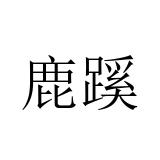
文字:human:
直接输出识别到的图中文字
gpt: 鹿蹊